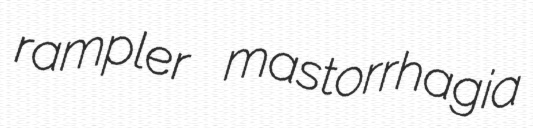
rampler mastorrhagia